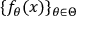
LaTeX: \{ f _ { \theta } ( x ) \} _ { \theta \in \Theta }